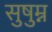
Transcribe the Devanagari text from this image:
सुषुम्न